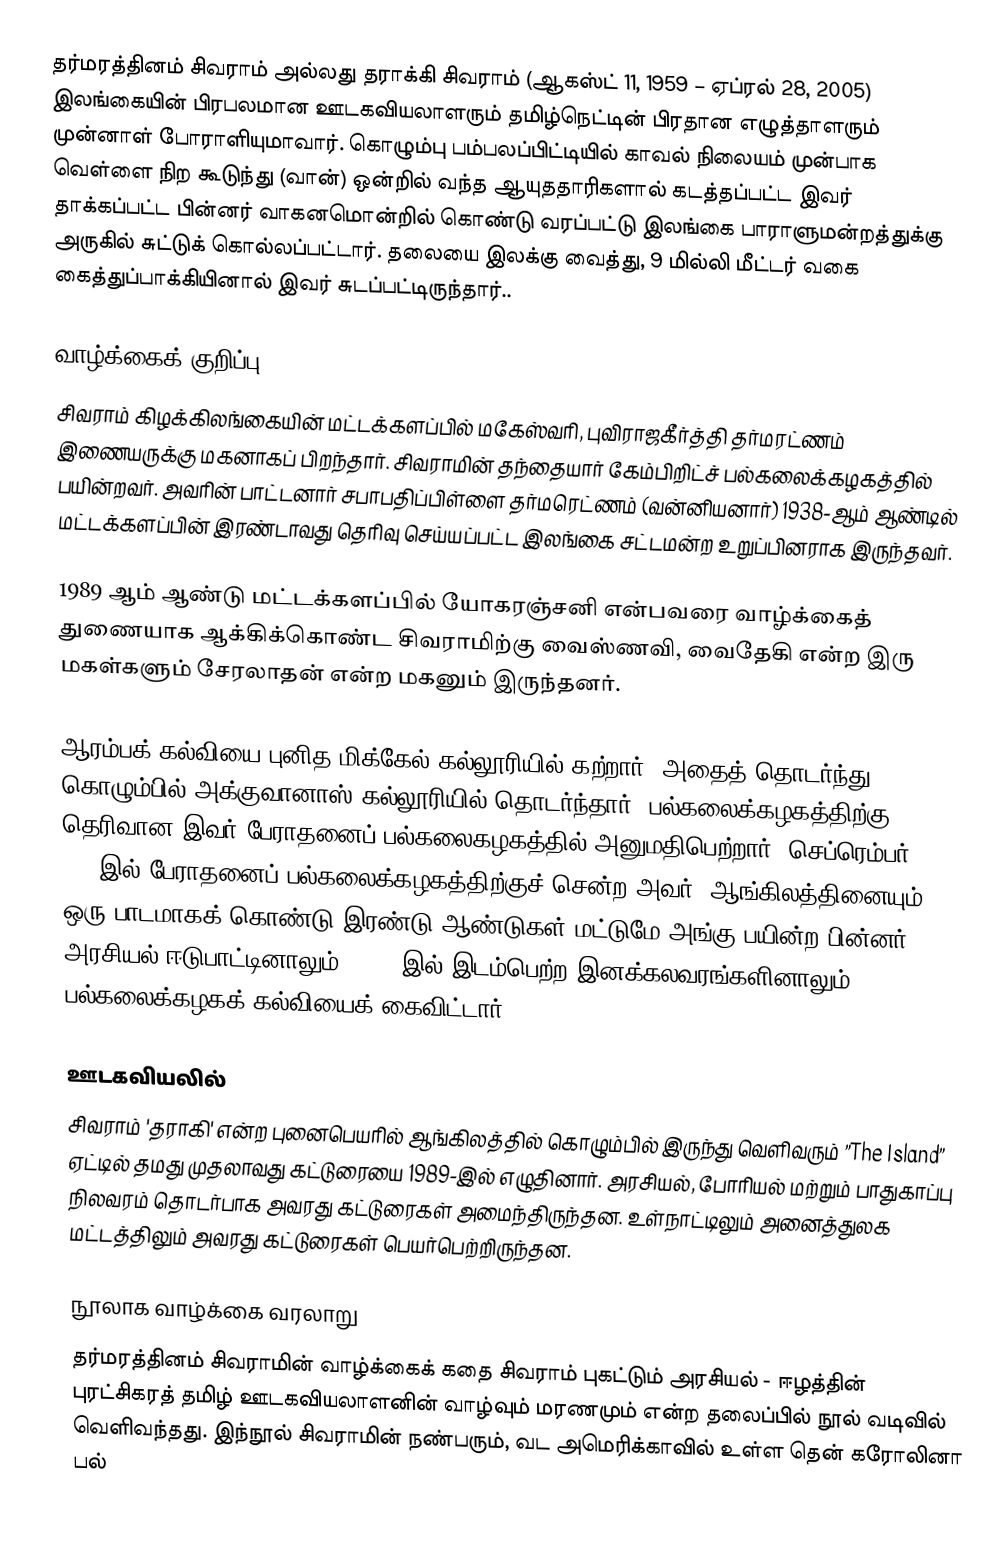
தர்மரத்தினம் சிவராம் அல்லது தராக்கி சிவராம் (ஆகஸ்ட் 11, 1959 – ஏப்ரல் 28, 2005) இலங்கையின் பிரபலமான ஊடகவியலாளரும் தமிழ்நெட்டின் பிரதான எழுத்தாளரும் முன்னாள் போராளியுமாவார். கொழும்பு பம்பலப்பிட்டியில் காவல் நிலையம் முன்பாக வெள்ளை நிற கூடுந்து (வான்) ஒன்றில் வந்த ஆயுததாரிகளால் கடத்தப்பட்ட இவர் தாக்கப்பட்ட பின்னர் வாகனமொன்றில் கொண்டு வரப்பட்டு இலங்கை பாராளுமன்றத்துக்கு அருகில் சுட்டுக் கொல்லப்பட்டார். தலையை இலக்கு வைத்து, 9 மில்லி மீட்டர் வகை கைத்துப்பாக்கியினால் இவர் சுடப்பட்டிருந்தார்..

வாழ்க்கைக் குறிப்பு
சிவராம் கிழக்கிலங்கையின் மட்டக்களப்பில் மகேஸ்வரி, புவிராஜகீர்த்தி தர்மரட்ணம் இணையருக்கு மகனாகப் பிறந்தார். சிவராமின் தந்தையார் கேம்பிறிட்ச் பல்கலைக்கழகத்தில் பயின்றவர். அவரின் பாட்டனார் சபாபதிப்பிள்ளை தர்மரெட்ணம் (வன்னியனார்) 1938-ஆம் ஆண்டில் மட்டக்களப்பின் இரண்டாவது தெரிவு செய்யப்பட்ட இலங்கை சட்டமன்ற உறுப்பினராக இருந்தவர்.

1989 ஆம் ஆண்டு மட்டக்களப்பில் யோகரஞ்சனி என்பவரை வாழ்க்கைத் துணையாக ஆக்கிக்கொண்ட சிவராமிற்கு வைஸ்ணவி, வைதேகி என்ற இரு மகள்களும் சேரலாதன் என்ற மகனும் இருந்தனர்.

ஆரம்பக் கல்வியை புனித மிக்கேல் கல்லூரியில் கற்றார். அதைத் தொடர்ந்து கொழும்பில் அக்குவானாஸ் கல்லூரியில் தொடர்ந்தார். பல்கலைக்கழகத்திற்கு தெரிவான இவர் பேராதனைப் பல்கலைகழகத்தில் அனுமதிபெற்றார். செப்ரெம்பர் 1981இல் பேராதனைப் பல்கலைக்கழகத்திற்குச் சென்ற அவர், ஆங்கிலத்தினையும் ஒரு பாடமாகக் கொண்டு இரண்டு ஆண்டுகள் மட்டுமே அங்கு பயின்ற பின்னர், அரசியல் ஈடுபாட்டினாலும், 1983 இல் இடம்பெற்ற இனக்கலவரங்களினாலும் பல்கலைக்கழகக் கல்வியைக் கைவிட்டார்.

ஊடகவியலில்
சிவராம் 'தராகி' என்ற புனைபெயரில் ஆங்கிலத்தில் கொழும்பில் இருந்து வெளிவரும் ”The Island” ஏட்டில் தமது முதலாவது கட்டுரையை 1989-இல் எழுதினார். அரசியல், போரியல் மற்றும் பாதுகாப்பு நிலவரம் தொடர்பாக அவரது கட்டுரைகள் அமைந்திருந்தன. உள்நாட்டிலும் அனைத்துலக மட்டத்திலும் அவரது கட்டுரைகள் பெயர்பெற்றிருந்தன.

நூலாக வாழ்க்கை வரலாறு
தர்மரத்தினம் சிவராமின் வாழ்க்கைக் கதை சிவராம் புகட்டும் அரசியல் - ஈழத்தின் புரட்சிகரத் தமிழ் ஊடகவியலாளனின் வாழ்வும் மரணமும் என்ற தலைப்பில் நூல் வடிவில் வெளிவந்தது. இந்நூல் சிவராமின் நண்பரும், வட அமெரிக்காவில் உள்ள தென் கரோலினா பல்